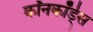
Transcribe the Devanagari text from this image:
कॉनकॉर्ड्स